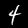
Digit: 4